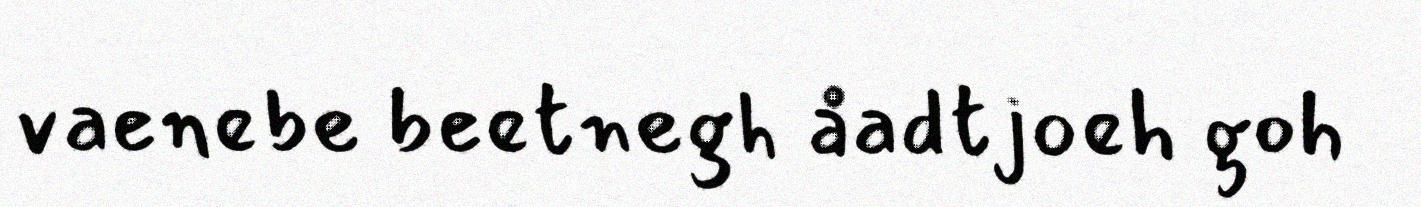
vaenebe beetnegh åadtjoeh goh